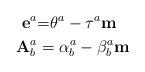
LaTeX: \begin{align*}\mathbf{\mathbf{e}}^{a} & \mathbf{=}\theta^{a}-\tau^{a}\mathbf{m}\\\mathbf{A}_{b}^{a} & =\alpha_{b}^{a}-\beta_{b}^{a}\mathbf{m}\end{align*}